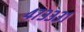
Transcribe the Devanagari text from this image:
४७३३३१